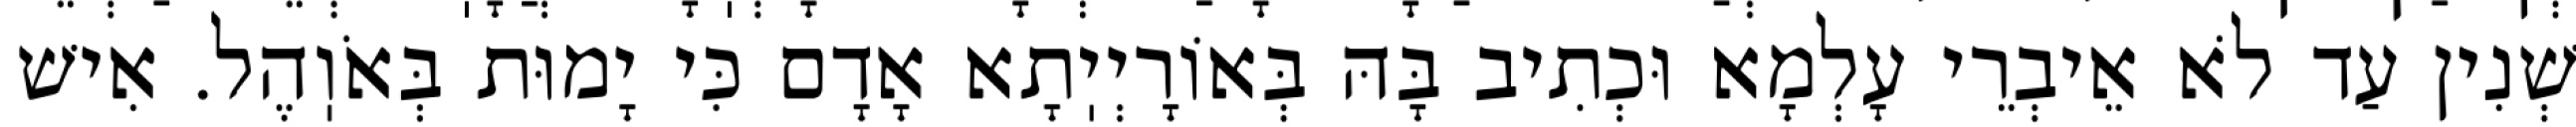
שְׁנִין עַד לֹא אֵיבְרֵי עָלְמָא וּכְתִיב בָּהּ בְּאוֹרָיְיֽתָא אָדָם כִּי יָמוּת בְּאֹוֽהֶל. אִישׁ